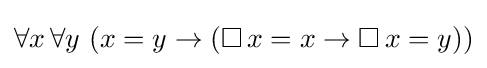
\forall x\,\forall y\ (x=y\rightarrow (\Box \,x=x\rightarrow \Box \,x=y))